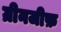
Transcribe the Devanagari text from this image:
ग्रीनजीफ़